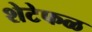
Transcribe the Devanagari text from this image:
शेटेफळ